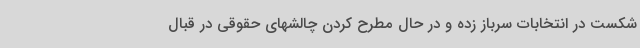
شکست در انتخابات سرباز زده و در حال مطرح کردن چالشهای حقوقی در قبال